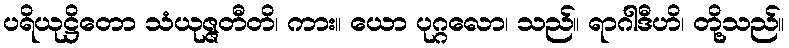
ပရိယုဋ္ဌိတော သံယုဇ္ဇတီတိ၊ ကား။ ယော ပုဂ္ဂလော၊ သည်။ ရာဂါဒီဟိ၊ တို့သည်။